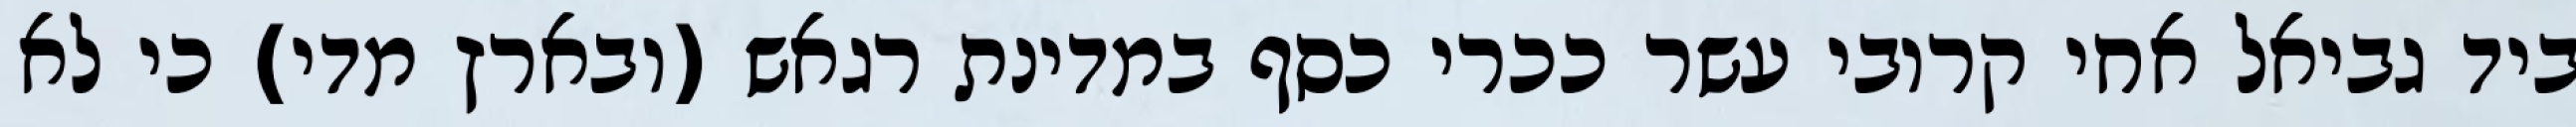
ביד גביאל אחי קרובי עשר ככרי כסף במדינת רגאש (ובארץ מדי) כי לא